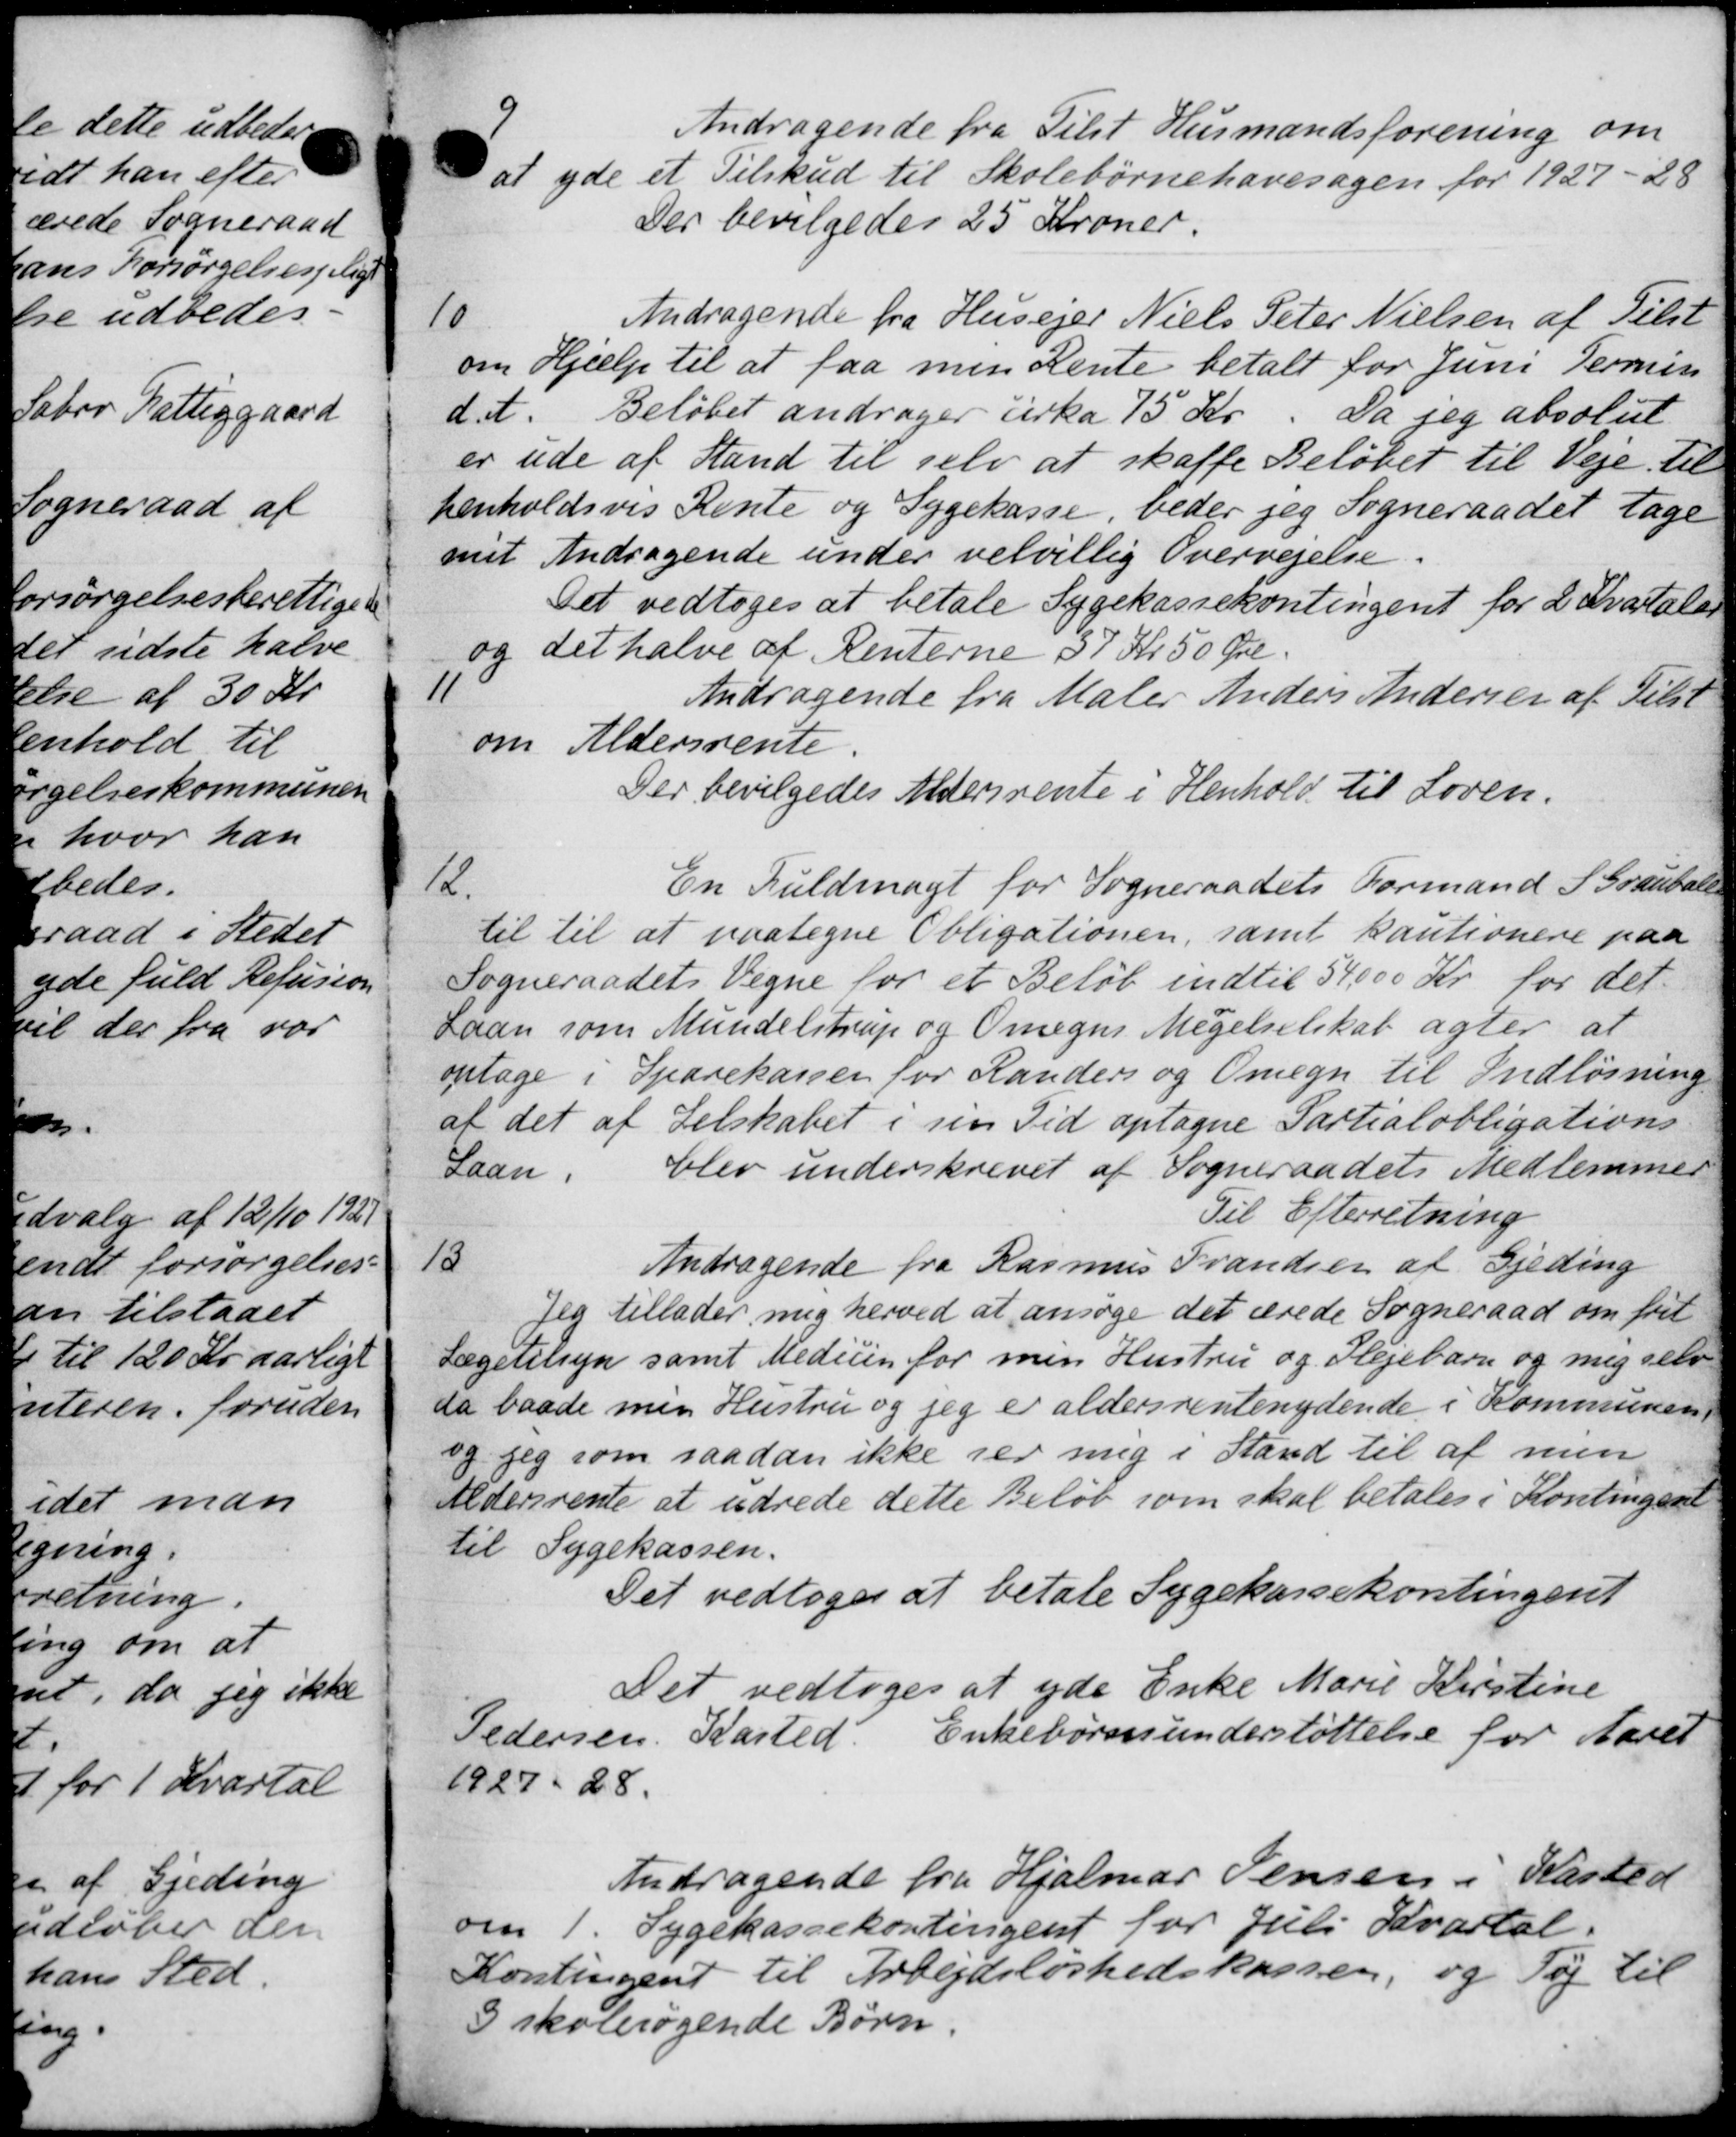
Transskription:
9
Andragende fra Tilst Husmandsforening om
at yde et Tilskud til Skolebørnehavesagen for 1927-28
Der bevilgedes 25 Kroner.
10
Andragende fra Husejer Niels Peter Nielsen af Tilst
om Hjælp til at faa men Rente betalt for Juni Termin
d. A. Beløbet andrager cirka 75 Kr. Da jeg absolut
er ude af Stand til selv at skaffe Beløbet til Veje til
henholdsvis Rente og Sygekasse, beder jeg Sogneraadet tage
met Andragende under velvillig Overvejelse.
Det vedtoges at betale Sygekassekontingent for 2 Kvartaler
og det halve af Renterne 37 Kr 50 Øre.
11
Andragende fra Maler Anders Andersen af Tilst
om Aldersrente
Der bevilgedes Aldersrente i Henhold til Loven.
12
En Fuldmagt for Sogneraadets Formand S. Grauball
til til at paategne Obligationen, samt kautionere paa
Sogneraadets Vegne for et Beløb indtil 54000 Kr for det
Laan som Mundelstrup og Omegns Megelselskab agter at
antage i Sparekassen for Randers og Omegn til Indløsning
at det af Selskabet i sin Tid optagne Partialobligations
Laan.
blev underskrevet af Sogneraadets Medlemmer
Til Efterretning
13
Andragende fra Rasmus Frandsen af Gjeding
Jeg tillader mig herved at ansøge det ærede Sogneraad om frit
Lægetilsyn samt Medicin for men Hustru og Plejebarn og mig selv
a baade mig Hustru og jeg er aldersrentenydende i Kommunen
og jeg som saadan ikke ser mig i Stand til af men
Aldersrente at udrede dette Beløb som skal betales i Kontingent
til Sygekassen.
Det vedtoges at betale Sygekassekontingent
Det vedtoges at yde Enke Marie Kirstine
Pedersen, Kasted Enkebørnsunderstøttelse for Aaret
1927 - 28.
Andragende fra Hjalmar Jensen i Kasted
om 1. Sygekassekontingent for Juli Kvartal.
Kontingent til Arbejdsløshedskassen, og Tøj til
3 skolesøgende Børn.